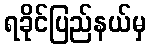
ရခိုင်ပြည်နယ်မှ